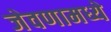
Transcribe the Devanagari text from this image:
जेवणामध्ये